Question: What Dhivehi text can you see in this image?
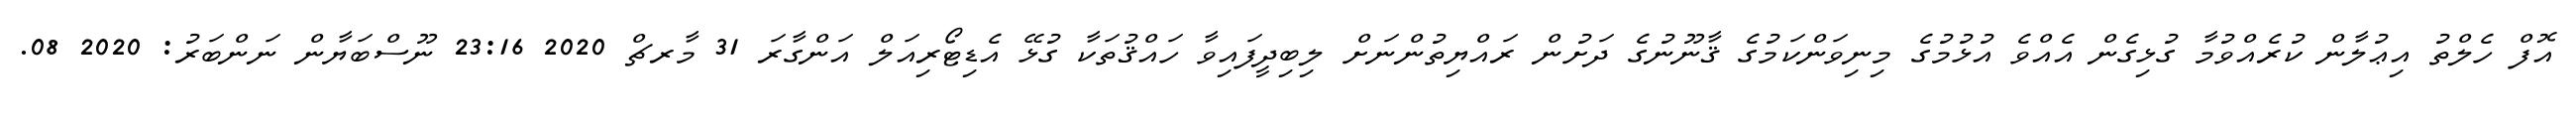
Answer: އޮފް ހެލްތު އިޢުލާން ކުރެއްވުމާ ގުޅިގެން އެއްވެ އުޅުމުގެ މިނިވަންކަމުގެ ޤާނޫނުގެ ދަށުން ރައްޔިތުންނަށް ލިބިދީފައިވާ ހައްޤުތަކާ ގުޅޭ އެޑިޓޯރިއަލް އަންގާރަ 31 މާރޗް 2020 23:16 ނޫސްބަޔާން ނަންބަރު: 2020 08.